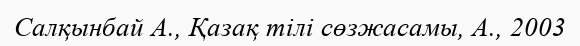
Салқынбай А., Қазақ тілі сөзжасамы, А., 2003